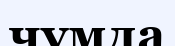
чумда